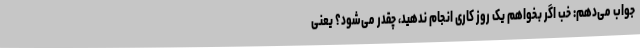
جواب می‌دهم: خب اگر بخواهم یک روز کاری انجام ندهید، چقدر می‌شود؟ یعنی